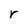
Character: r